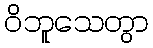
ဝိဘူသေတွာ